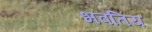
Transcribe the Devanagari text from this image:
भवतिय